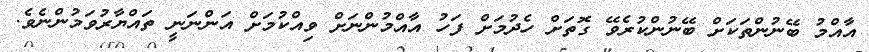
އާއްމު ބޭނުންތަކަށް ބޭނުންކުރެވޭ ގޮތަށް ހެދުމަށް ފަހު އާއްމުންނަށް ވިއްކުމަށް އަންނަނީ ތައްޔާރުވަމުންނެވެ.